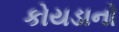
કોયડાનો